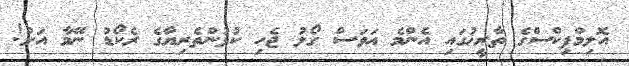
އޮލިމްޕިކްސްގެ ތާރީޚުގައި އެންމެ އަވަސް ގޯލު ޖެހި ކުޅުންތެރިޔާގެ ރެކޯޑު ނޭމާ އަށް!